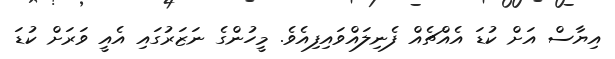
އިޔާސް އަށް ކުޑަ އެއްޗެއް ފެނިލައްވައިފިއެވެ. މީހުންގެ ނަޒަރުގައި އެއީ ވަރަށް ކުޑަ